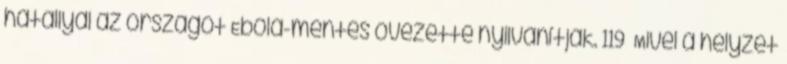
hatállyal az országot Ebola-mentes övezetté nyilvánítják. 119 Mivel a helyzet